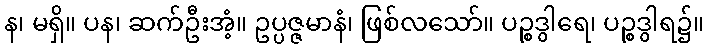
န၊ မရှိ။ ပန၊ ဆက်ဦးအံ့။ ဥပ္ပဇ္ဇမာနံ၊ ဖြစ်လသော်။ ပဉ္စဒွါရေ၊ ပဉ္စဒွါရ၌။